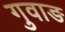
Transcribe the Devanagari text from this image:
गुवाङ